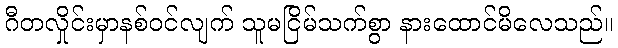
ဂီတလှိုင်းမှာနစ်ဝင်လျက် သူမငြိမ်သက်စွာ နားထောင်မိလေသည်။